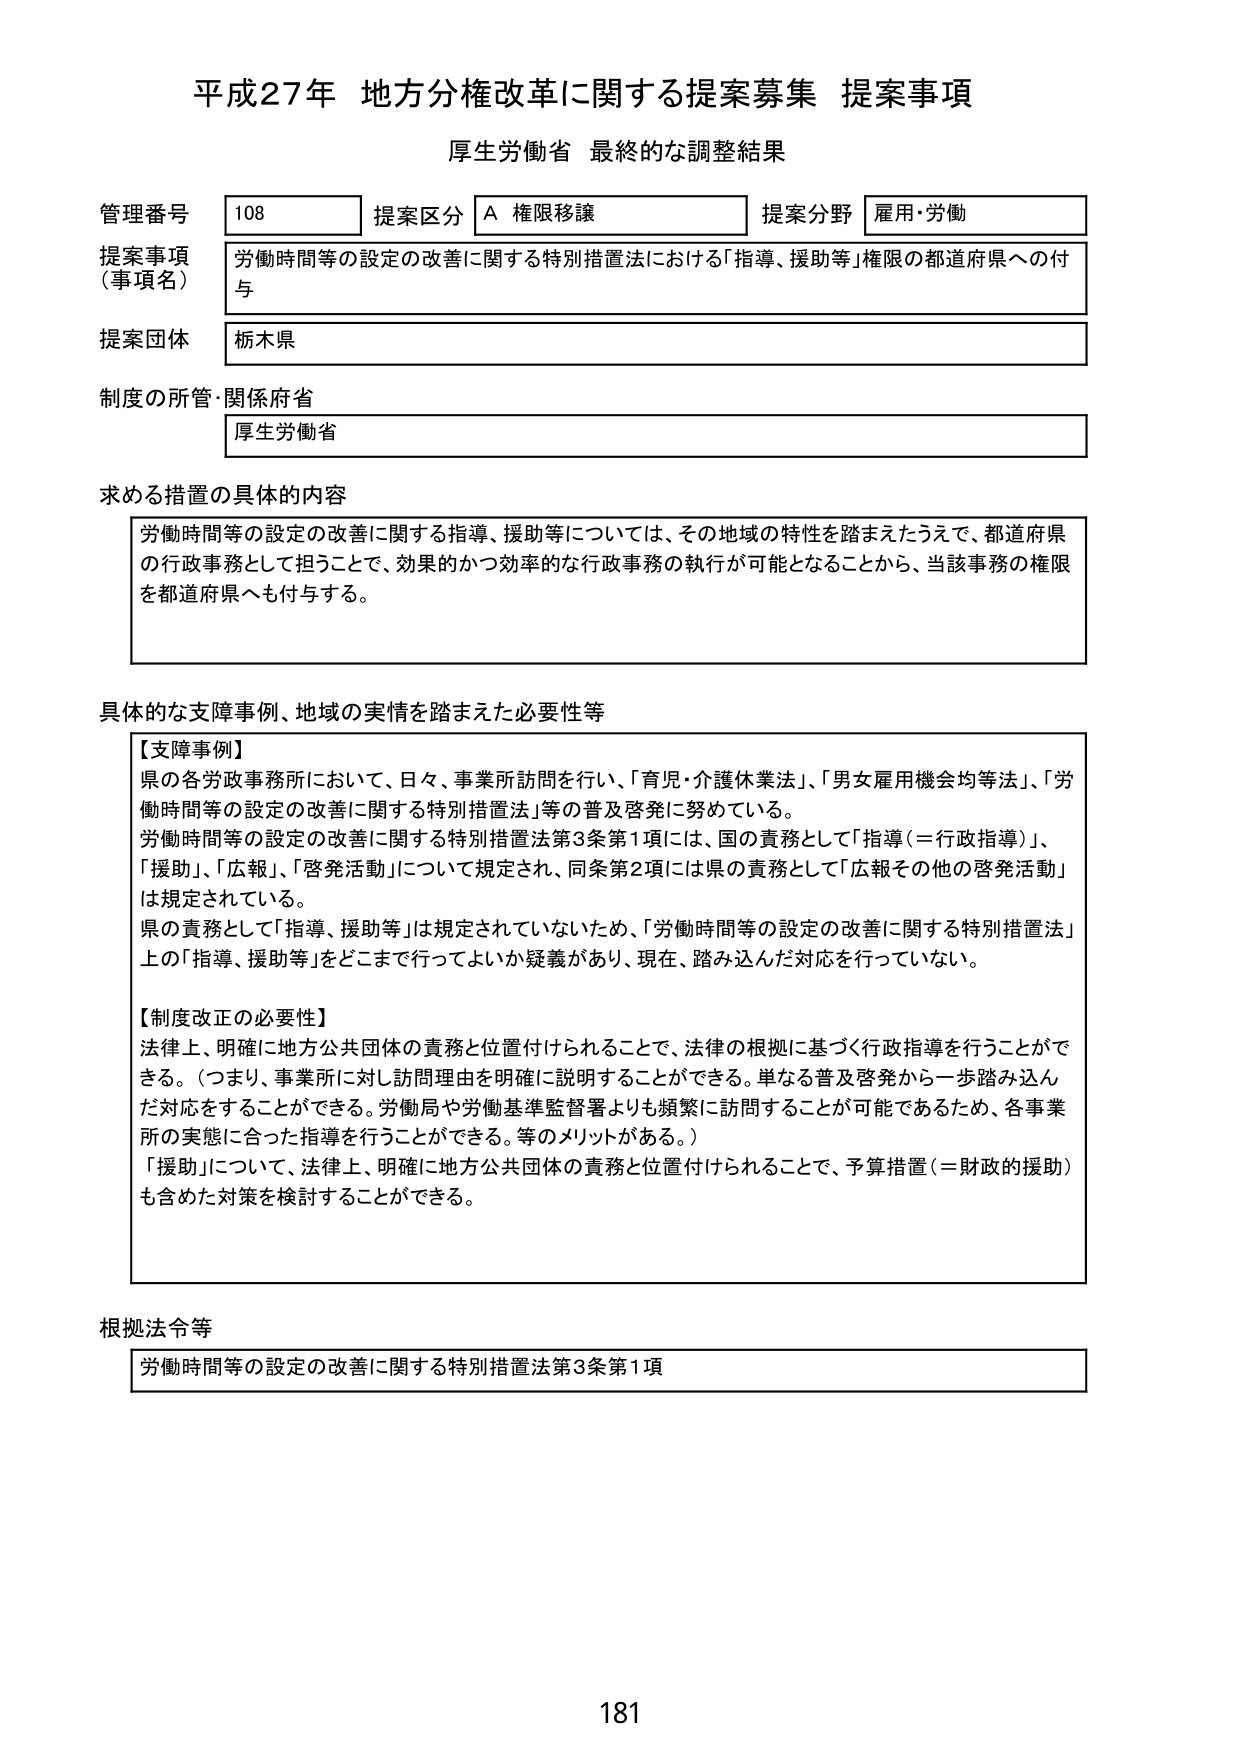
平成27年 地方分権改革に関する提案募集 提案事項
厚生労働省 最終的な調整結果

管理番号 108
提案区分 A 権限移譲
提案分野 雇用・労働

提案事項（事項名）
労働時間等の設定の改善に関する特別措置法における「指導、援助等」権限の都道府県への付与

提案団体
栃木県

制度の所管・関係府省
厚生労働省

求める措置の具体的内容
労働時間等の設定の改善に関する指導、援助等については、その地域の特性を踏まえたうえで、都道府県の行政事務として担うことで、効果的かつ効率的な行政事務の執行が可能となることから、当該事務の権限を都道府県へも付与する。

具体的な支障事例、地域の実情を踏まえた必要性等
【支障事例】
県の各労政事務所において、日々、事業所訪問を行い、「育児・介護休業法」、「男女雇用機会均等法」、「労働時間等の設定の改善に関する特別措置法」等の普及啓発に努めている。
労働時間等の設定の改善に関する特別措置法第3条第1項には、国の責務として「指導（＝行政指導）」、「援助」、「広報」、「啓発活動」について規定され、同条第2項には県の責務として「広報その他の啓発活動」は規定されている。
県の責務として「指導、援助等」は規定されていないため、「労働時間等の設定の改善に関する特別措置法」上の「指導、援助等」をどこまで行ってよいか疑義があり、現在、踏み込んだ対応を行っていない。

【制度改正の必要性】
法律上、明確に地方公共団体の責務と位置付けられることで、法律の根拠に基づく行政指導を行うことができる。（つまり、事業所に対し訪問理由を明確に説明することができる。単なる普及啓発から一歩踏み込んだ対応をすることができる。労働局や労働基準監督署よりも頻繁に訪問することが可能であるため、各事業所の実態に合った指導を行うことができる。等のメリットがある。）
「援助」について、法律上、明確に地方公共団体の責務と位置付けられることで、予算措置（＝財政的援助）も含めた対策を検討することができる。

根拠法令等
労働時間等の設定の改善に関する特別措置法第3条第1項

181